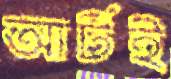
আর্টই